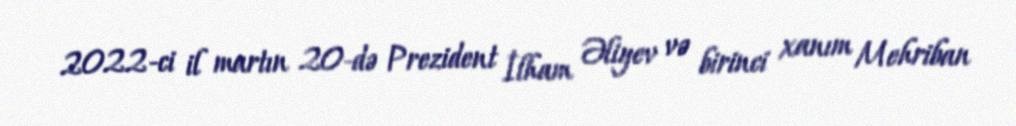
2022-ci il martın 20-də Prezident İlham Əliyev və birinci xanım Mehriban